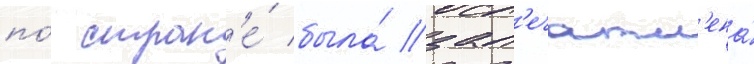
по́ стран'е́ была́ зап'ечатл'ена́